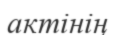
актінің